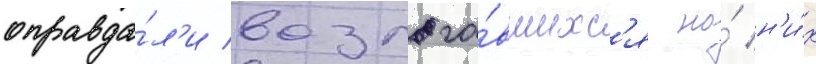
оправда́л'и возлага́вшихс'я на́ н'и́х